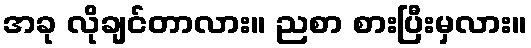
အခု လိုချင်တာလား။ ညစာ စားပြီးမှလား။